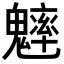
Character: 𩴐